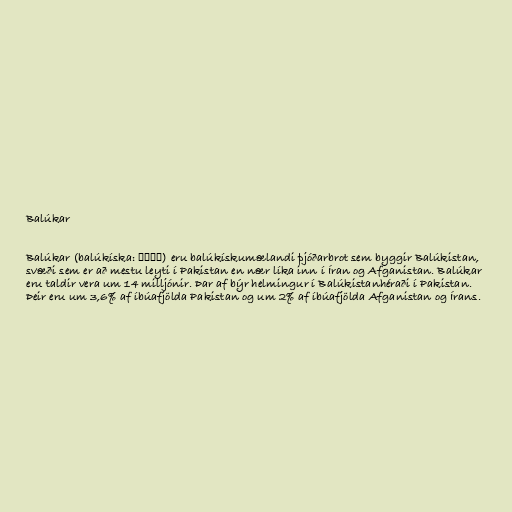
Balúkar

Balúkar (balúkíska: بلوچ) eru balúkískumælandi þjóðarbrot sem byggir Balúkistan,
svæði sem er að mestu leyti í Pakistan en nær líka inn í Íran og Afganistan. Balúkar
eru taldir vera um 14 milljónir. Þar af býr helmingur í Balúkistanhéraði í Pakistan.
Þeir eru um 3,6% af íbúafjölda Pakistan og um 2% af íbúafjölda Afganistan og Írans.